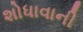
શોધાવાની